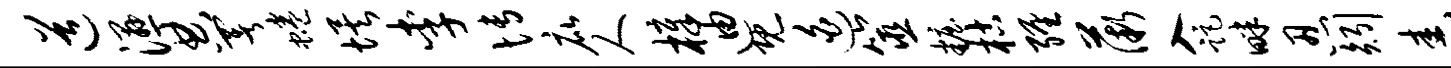
道湿典署蜷埃李博庇人樟迪既迫筮妆枯缠薇入距畔忍矧舂